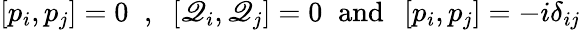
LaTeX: \left[p_{i},p_{j}\right]=0\; \; ,\; \; \left[\mathscr{Q}_{i},\mathscr{Q}_{j}\right]=0\; \; \mathrm{{and}}\; \; \left[p_{i},p_{j}\right]=-i\delta_{ij}